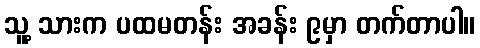
သူ့ သားက ပထမတန်း အခန်း ၉မှာ တက်တာပါ။